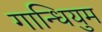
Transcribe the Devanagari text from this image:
गान्धियुम